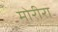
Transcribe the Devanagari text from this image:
मोरीरा